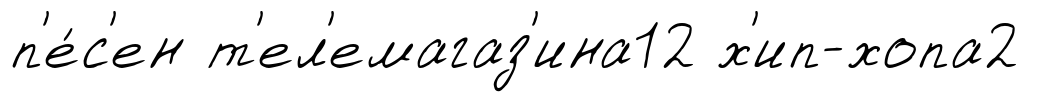
п'е́с'ен т'ел'емагаз'ина12 х'ип-хопа2